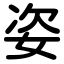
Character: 姿